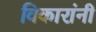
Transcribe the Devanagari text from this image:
विकारांनी